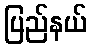
ပြည်နယ်